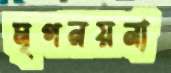
মৃগনয়না